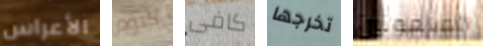
الأعراس كتوم كافى تخرجها الملعونين